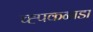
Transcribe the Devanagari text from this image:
च्ह्पकनाडा